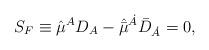
LaTeX: \begin{align*} S_F \equiv \hat{\mu}^{A} D_{A} - \hat{\bar{\mu}}^{\dot{A}} {\bar{D}}_{\dot{A}}= 0,\end{align*}